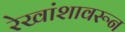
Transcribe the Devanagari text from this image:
रेखांशावरून